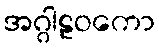
အဂ္ဂါဠဝကော